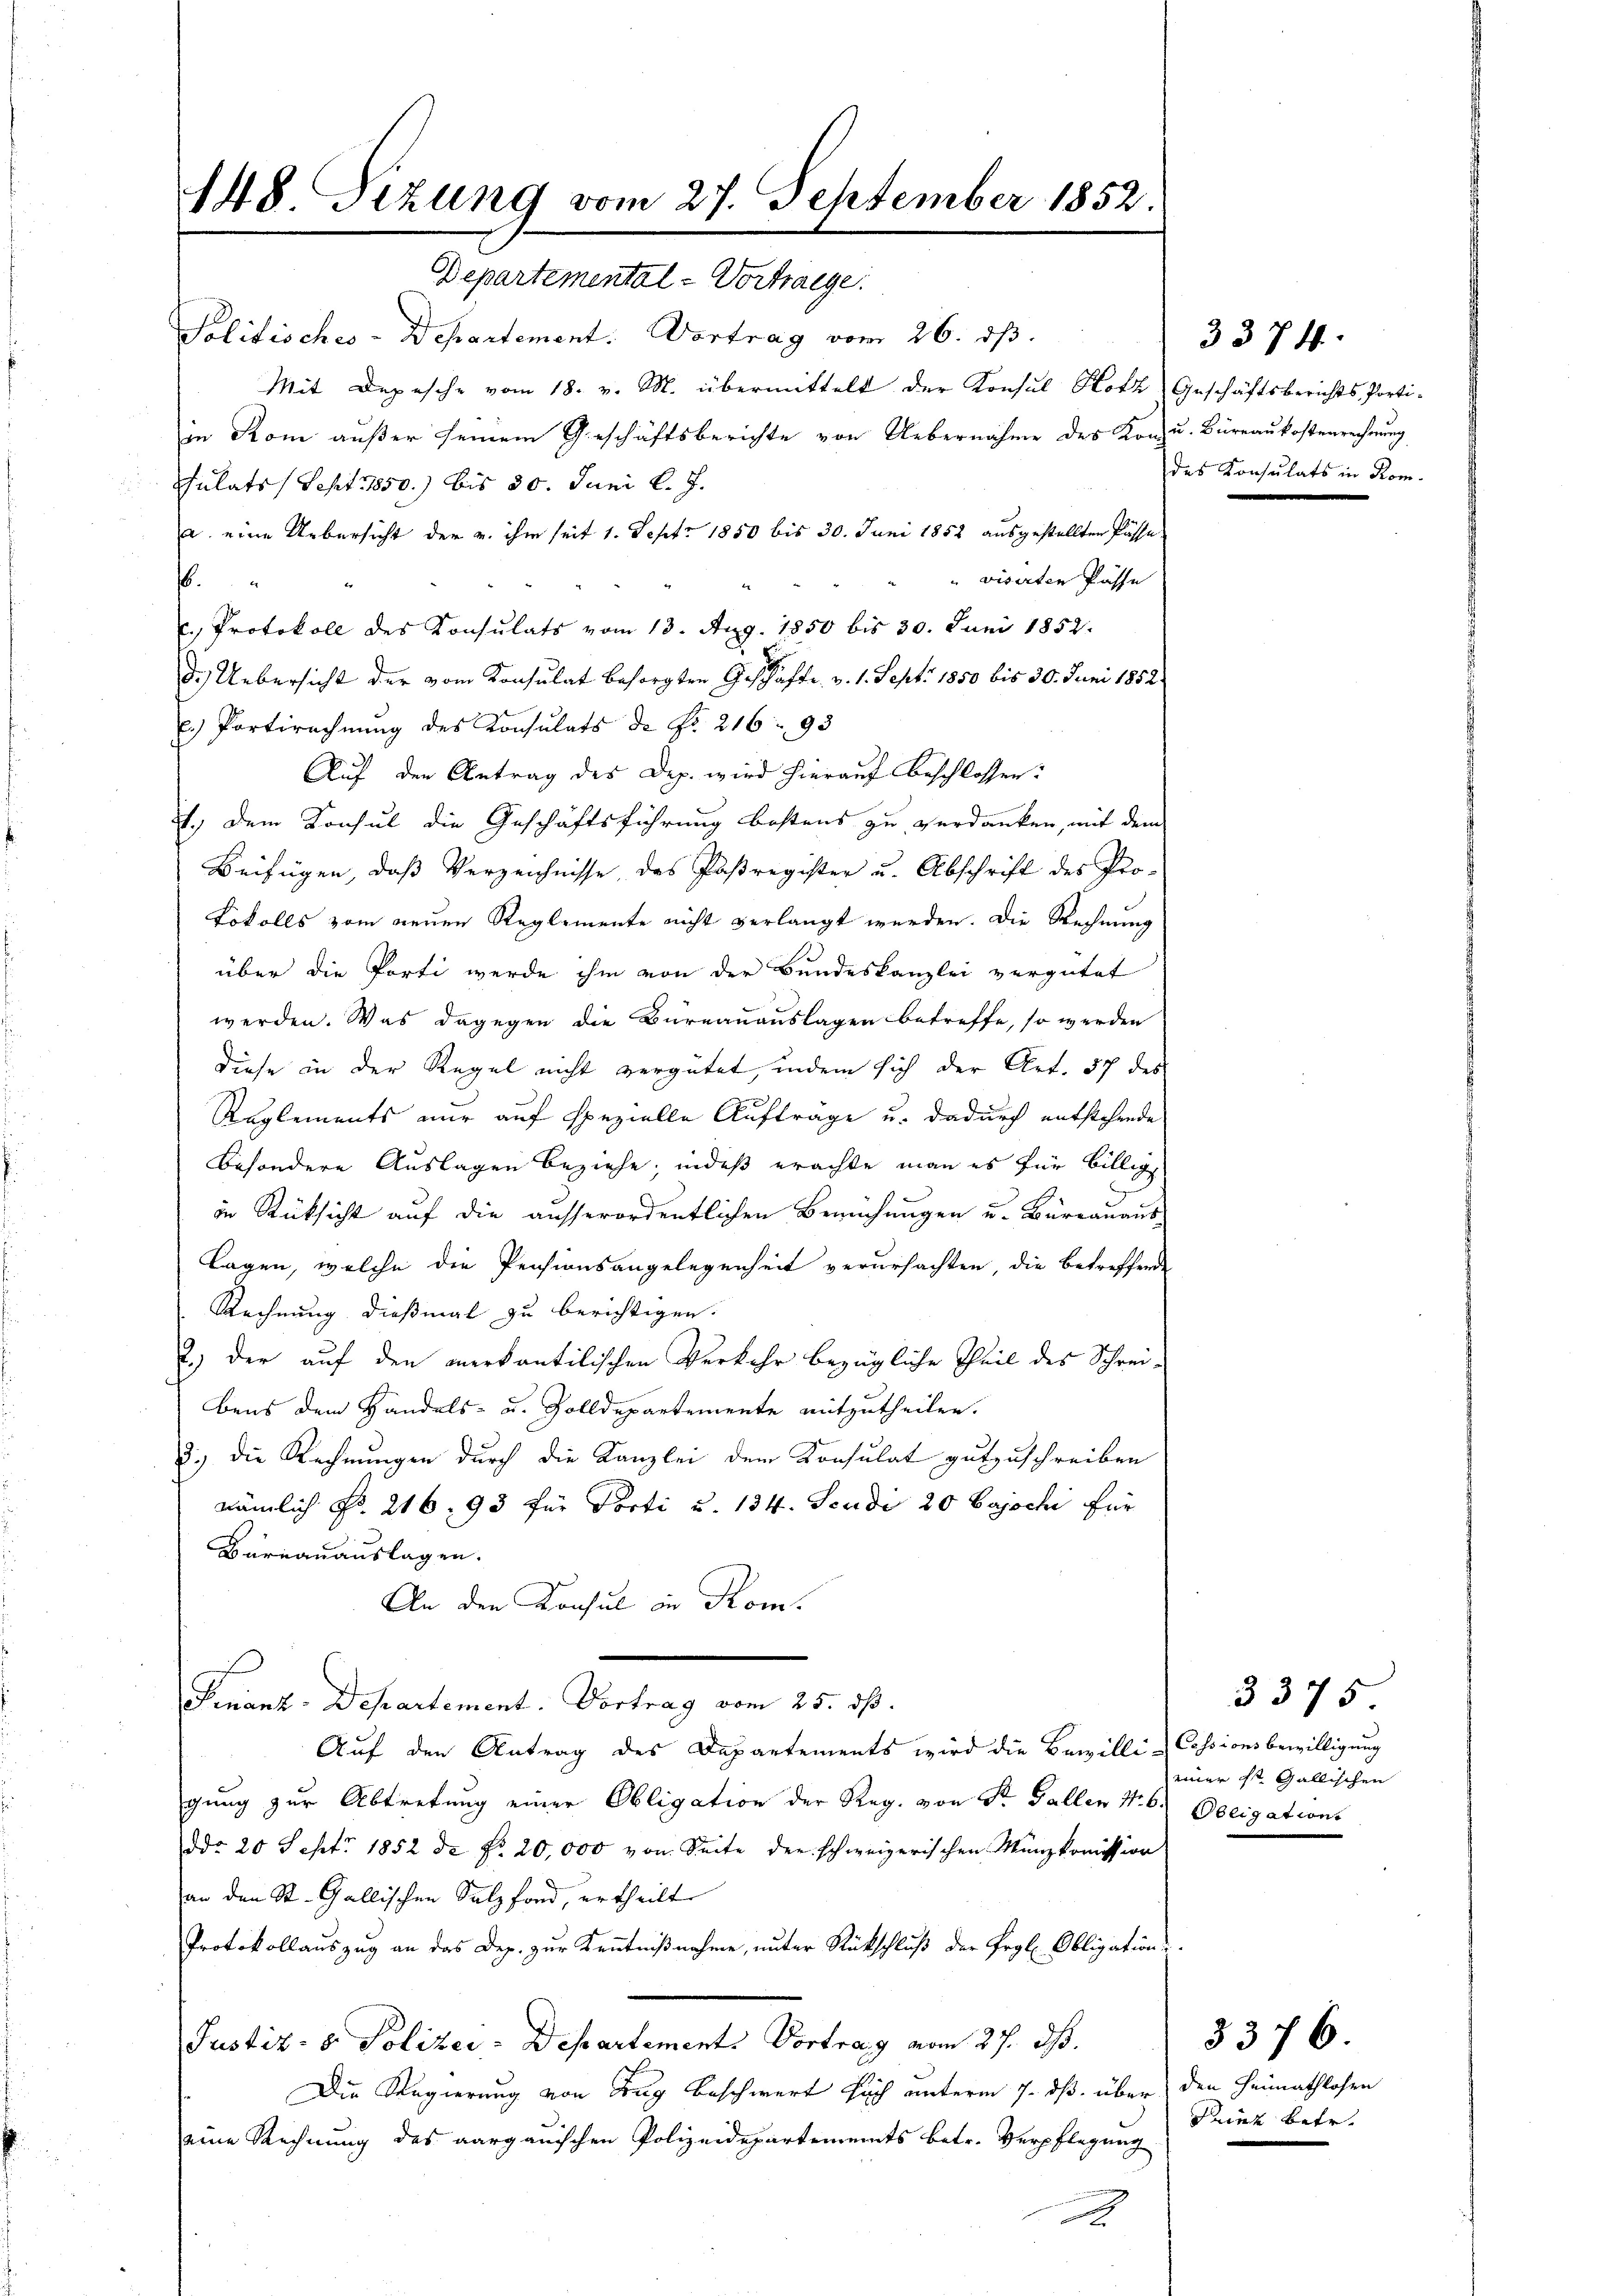
148. Sizung vom 27. September 1852.

Departemental-Vortraege
Politisches-Departement. Vortrag vom 26. ds.
Mit Depesche vom 18. v. M. übermittelt der Konsul Hotz Geschäftsberichts, Porti-
in Rom außer seinem Geschäftsberichte von Uebernahme des Konzu. Büreaukostenrechnung
sulats / Sept 1850) bis 30. Juni l. J.
a. eine Uebersicht der v. ihm seit 1. Sept. 1850 bis 30. Juni 1852 ausgestellten Füsse
" visirten Pässe
.
c. Protokoll des Konsulats vom 13. Aug. 1850 bis 30. Juni 1852.
d.) Uebersicht der vom Konsulat besorgten Geschäfte v. 1. Sept. 1850 bis 30. Juni 1852
p. Partirechnung des Konsulats de Nr. 216 93
Auf den Antrag des Dep. wird hierauf Beschlossen:
t., dem Konsul die Geschäftsführung bestens zu verdanken, mit dem
Beifügen, daß Verzeichnisse des Pasregister u. Abschrift des Pro-
Lokolls vom neuen Reglemente nicht verlangt werden. Die Rechnung
über die Porti werde ihm von der Bundeskanzlei vergütet
werden. Was dagegen die Bureauauslagen betreffe, so werden
Diese in der Regel nicht vergütet, indem sich der Art. 37 des
Reglements nur auf spezielle Auftrage u. dadurch entstehende
besondere Auslagen beziehe, indeß erachte man es für billige
in Rücksicht auf die ausserordentlichen Bemühungen u. Burrauaus
lagen, welche die Pensionsangelegenheit verursachten, die betreffende
Rechnung dießmal zu berichtigen.
2.) Der auf den merkantilischen Verkehr bezügliche Theil des Schrei-
bens dem Handels- u. Zolldepartemente mitzutheilen.
d.) die Rechnungen durch die Kanzlei dem Konsulat gutzuschreiben
nämlich No. 216, 93 für Porti u. 134. Seudi 20 Bajochi für
Burnauauslagen.
An den Konsul in Kom
Finanz-Departement, Vortrag vom 25. dß.
Auf den Antrag des Departements wird die Bewilli-Cessionsbewilligung
gung zur Abtretung einer Obligation der Reg. von Sr. Gallen No. 6. Obligations
ddo 20 Sept. 1852 de No. 20,000 von Seite der schweizerischen Münzkomission
an den St. Gallischen Salzfond, ertheilt.
Protokollauszug an das Dep. zur Kenntnißnahme, unter Rückschluß der Ergl. Obligation,
Justiz- & Polizei- Departements Vortrag vom 27. ds.
Die Regierung von Zug beschwert sich unterm 7. ds. über den Heimathlosen
eine Rechnung des aargauischen Polizeidepartements betr. Verpflegung

des Konsulats in Kom¬

einer St. Gallischen

3374.

3375

3376.
Prinz betr.